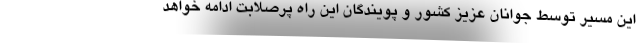
این مسیر توسط جوانان عزیز کشور و پویندگان این راه پرصلابت ادامه خواهد